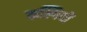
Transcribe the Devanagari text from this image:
कल्गियों